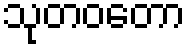
သုတဝတော